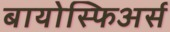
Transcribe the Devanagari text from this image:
बायोस्फिअर्स